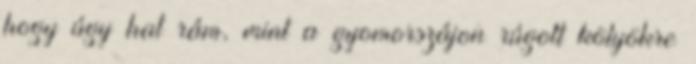
hogy úgy hat rám, mint a gyomorszájon rúgott kölyökre